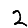
Digit: 2